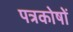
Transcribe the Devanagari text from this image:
पत्रकोषों